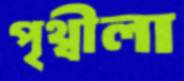
পৃথ্বীলা